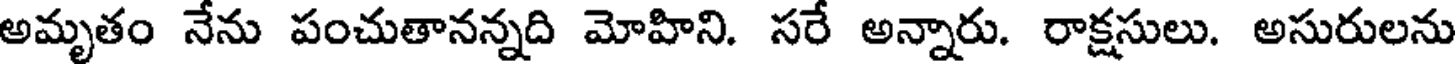
అమృతం నేను పంచుతానన్నది మోహిని. సరే అన్నారు. రాక్షసులు. అసురులను